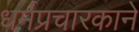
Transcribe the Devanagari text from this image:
धर्मप्रचारकाने